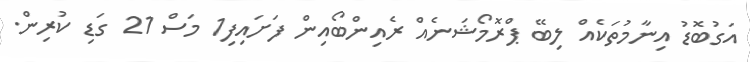
އަގުބޮޑު އިނާމުތަކެއް ލިބޭ ޕްރޮމޯޝަނެއް ރެއިންބޯއިން ފަށައިފި1 މަސް 21 ގަޑި ކުރިން.